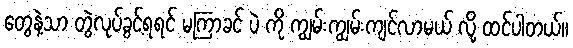
တွေနဲ့သာ တွဲလုပ်ခွင့်ရရင် မကြာခင် ပဲ ကို ကျွမ်းကျွမ်းကျင်လာမယ် လို့ ထင်ပါတယ်။